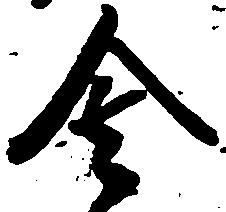
舎